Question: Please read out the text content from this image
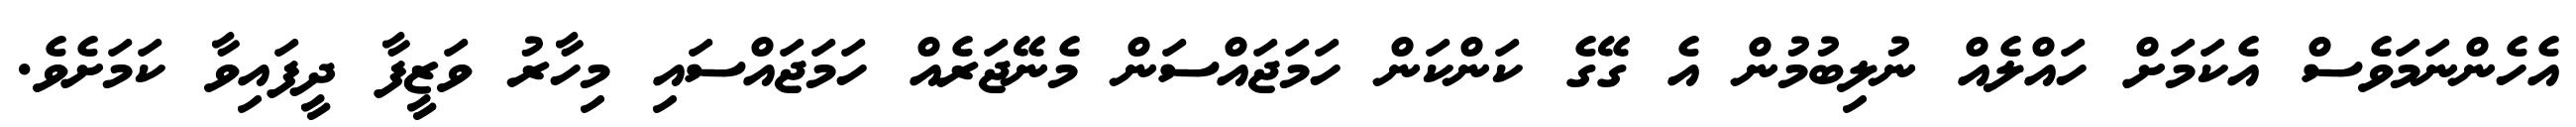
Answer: އެހެންނަމަވެސް އެކަމަށް ހައްލެއް ނުލިބުމުން އެ ގޭގެ ކަންކަން ހަމަޖައްސަން މެނޭޖަރެއް ހަމަޖައްސައި މިހާރު ވަޒީފާ ދީފައިވާ ކަމަށެވެ.